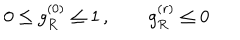
0 \leq g _ { R } ^ { ( 0 ) } \leq 1 \, , \qquad g _ { R } ^ { ( r ) } \leq 0